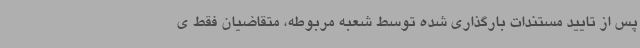
پس از تایید مستندات بارگذاری شده توسط شعبه مربوطه، متقاضیان فقط ی